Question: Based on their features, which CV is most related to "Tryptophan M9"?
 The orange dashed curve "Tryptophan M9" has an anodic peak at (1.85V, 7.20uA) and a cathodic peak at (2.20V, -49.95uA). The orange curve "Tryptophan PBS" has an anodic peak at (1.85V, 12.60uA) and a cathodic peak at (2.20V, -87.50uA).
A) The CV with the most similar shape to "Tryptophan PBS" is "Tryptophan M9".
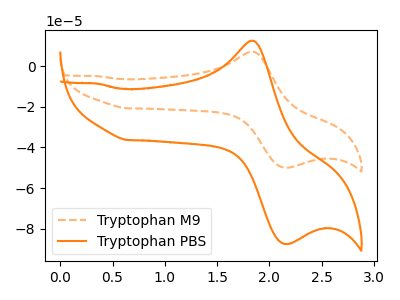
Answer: <think>All the peaks in "Tryptophan M9" have a peak in "Tryptophan PBS" at the same potential. Every peak in "Tryptophan M9" is lower than every peak in "Tryptophan PBS".
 </think>
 <answer>A) The CV with the most similar shape to "Tryptophan PBS" is "Tryptophan M9".</answer>
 <eval>A</eval>